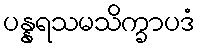
ပန္နရသမသိက္ခာပဒံ